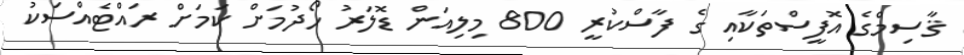
ޤާސިމްގެ އޮފީސްތަކާއި ގެ ފާސްކުރީ 800 މިލިއަން ޑޮލަރު ހޯދުމަށް ކަމަށް ރައްޓެއްސަކު